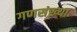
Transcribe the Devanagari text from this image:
गणसंख्या